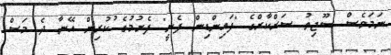
ނަމަވެސް ސޫޖިތު ސަރްކާރްގެ "ފައިންޑިން ފެނީ" ފެށުމުގެ ުކުރިން އޭނާ ދެ މަސް